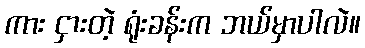
ကား ငှားတဲ့ ရုံးခန်းက ဘယ်မှာပါလဲ။